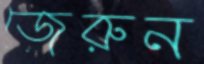
জেরুন